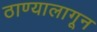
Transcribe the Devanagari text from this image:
ठाण्यालागून